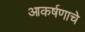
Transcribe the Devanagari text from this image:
आकर्षणाचे